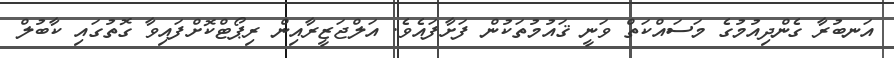
އަނބުރާ ގެންދިއުމުގެ މަސައްކަތް ވަނީ ޤައުމުތަކުން ފަށާފައެވެ. އަލްޖަޒީރާއިން ރިޕޯޓްކޮށްފައިވާ ގޮތުގައި ކާބުލް